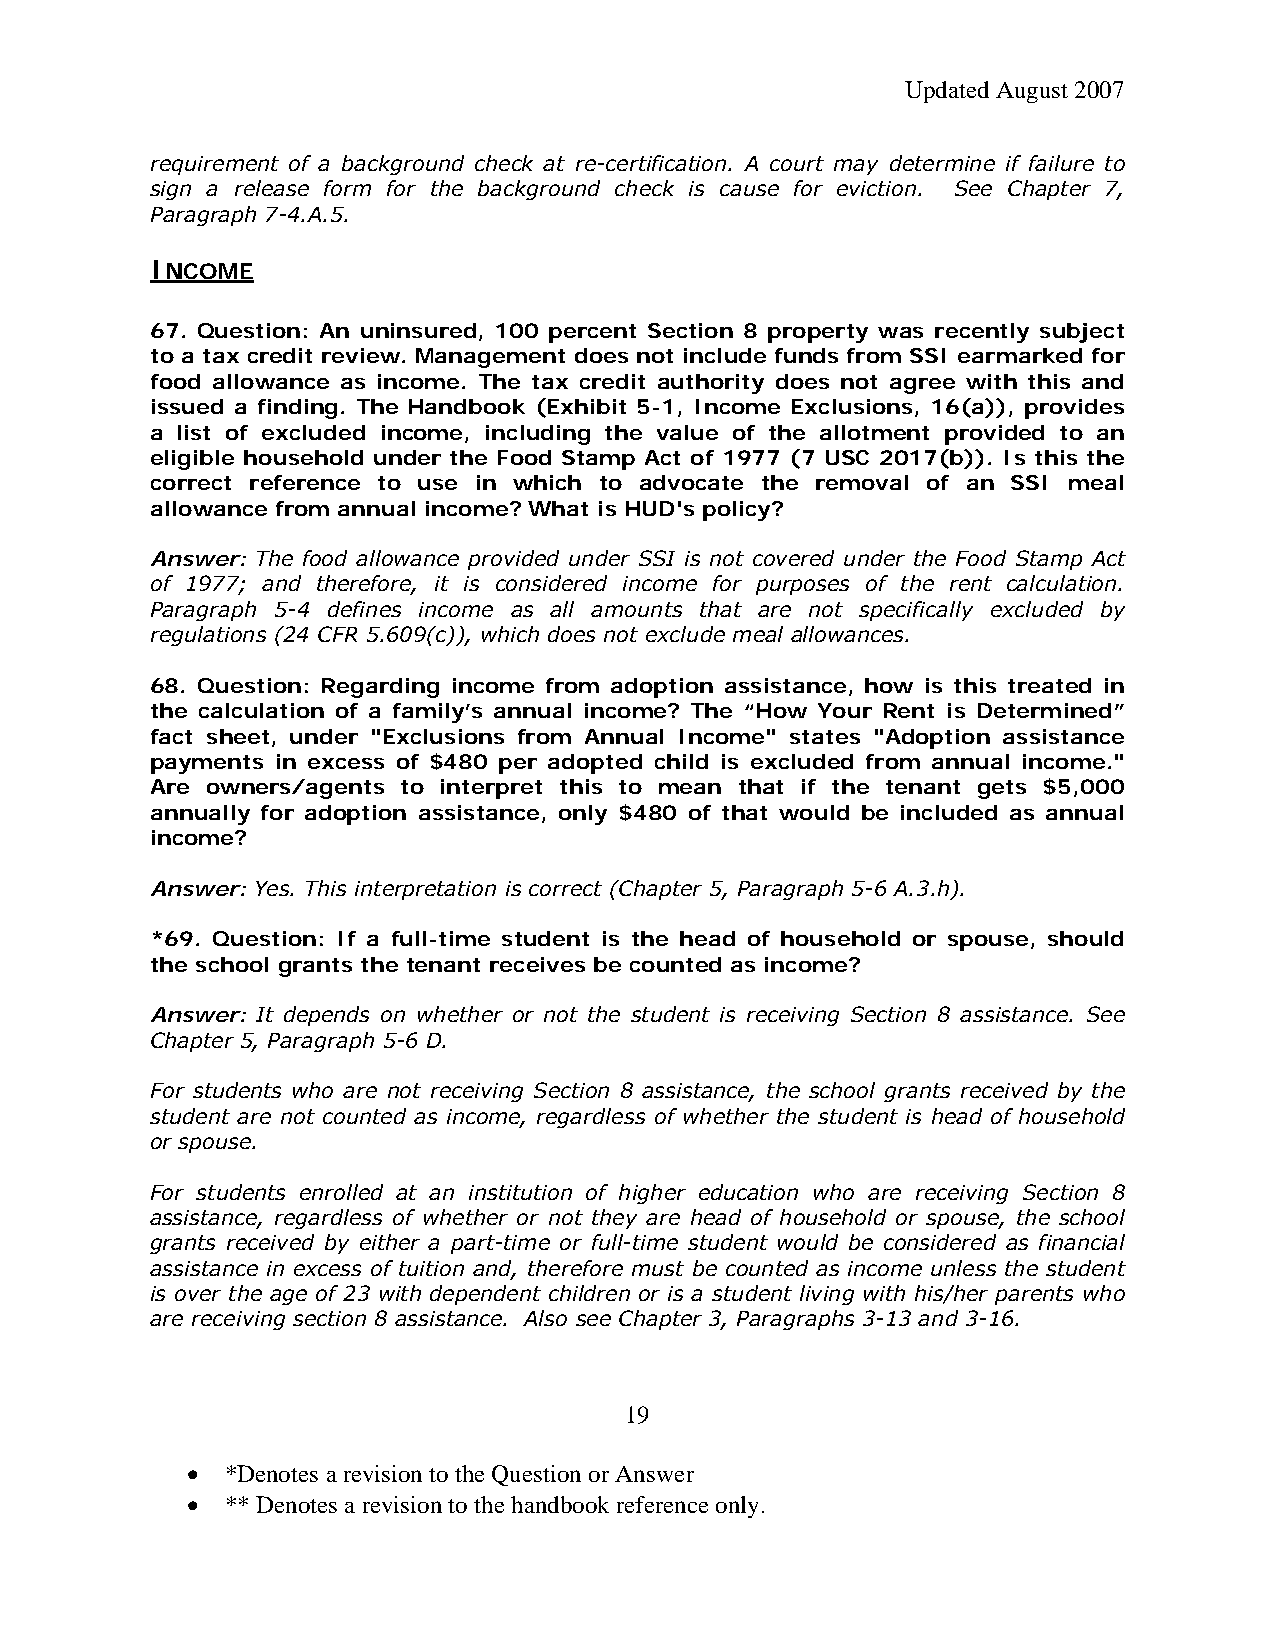
Updated August 2007
 requirement of a background check at re-certification. A court may determine if failure to
 sign a release form for the background check is cause for eviction. See Chapter 7,
 Paragraph 7-4.A.5.
 INCOME
 67. Question: An uninsured, 100 percent Section 8 property was recently subject
 to a tax credit review. Management does not include funds from SSI earmarked for
 food allowance as income. The tax credit authority does not agree with this and
 issued a finding. The Handbook (Exhibit 5-1, Income Exclusions, 16(a)), provides
 a list of excluded income, including the value of the allotment provided to an
 eligible household under the Food Stamp Act of 1977 (7 USC 2017(b)). Is this the
 correct reference to use in which to advocate the removal of an SSI meal
 allowance from annual income? What is HUD's policy?
 Answer: The food allowance provided under SSI is not covered under the Food Stamp Act
 of 1977; and therefore, it is considered income for purposes of the rent calculation.
 Paragraph 5-4 defines income as all amounts that are not specifically excluded by
 regulations (24 CFR 5.609(c)), which does not exclude meal allowances.
 68. Question: Regarding income from adoption assistance, how is this treated in
 the calculation of a family’s annual income? The “How Your Rent is Determined”
 fact sheet, under "Exclusions from Annual Income" states "Adoption assistance
 payments in excess of $480 per adopted child is excluded from annual income."
 Are owners/agents to interpret this to mean that if the tenant gets $5,000
 annually for adoption assistance, only $480 of that would be included as annual
 income?
 Answer: Yes. This interpretation is correct (Chapter 5, Paragraph 5-6 A.3.h).
 *69. Question: If a full-time student is the head of household or spouse, should
 the school grants the tenant receives be counted as income?
 Answer: It depends on whether or not the student is receiving Section 8 assistance. See
 Chapter 5, Paragraph 5-6 D.
 For students who are not receiving Section 8 assistance, the school grants received by the
 student are not counted as income, regardless of whether the student is head of household
 or spouse.
 For students enrolled at an institution of higher education who are receiving Section 8
 assistance, regardless of whether or not they are head of household or spouse, the school
 grants received by either a part-time or full-time student would be considered as financial
 assistance in excess of tuition and, therefore must be counted as income unless the student
 is over the age of 23 with dependent children or is a student living with his/her parents who
 are receiving section 8 assistance. Also see Chapter 3, Paragraphs 3-13 and 3-16.
 19
 •  *Denotes a revision to the Question or Answer
 •  ** Denotes a revision to the handbook reference only.